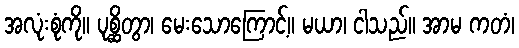
အလုံးစုံကို။ ပုစ္ဆိတွာ၊ မေးသောကြောင့်။ မယာ၊ ငါသည်။ အာမ ကတံ၊